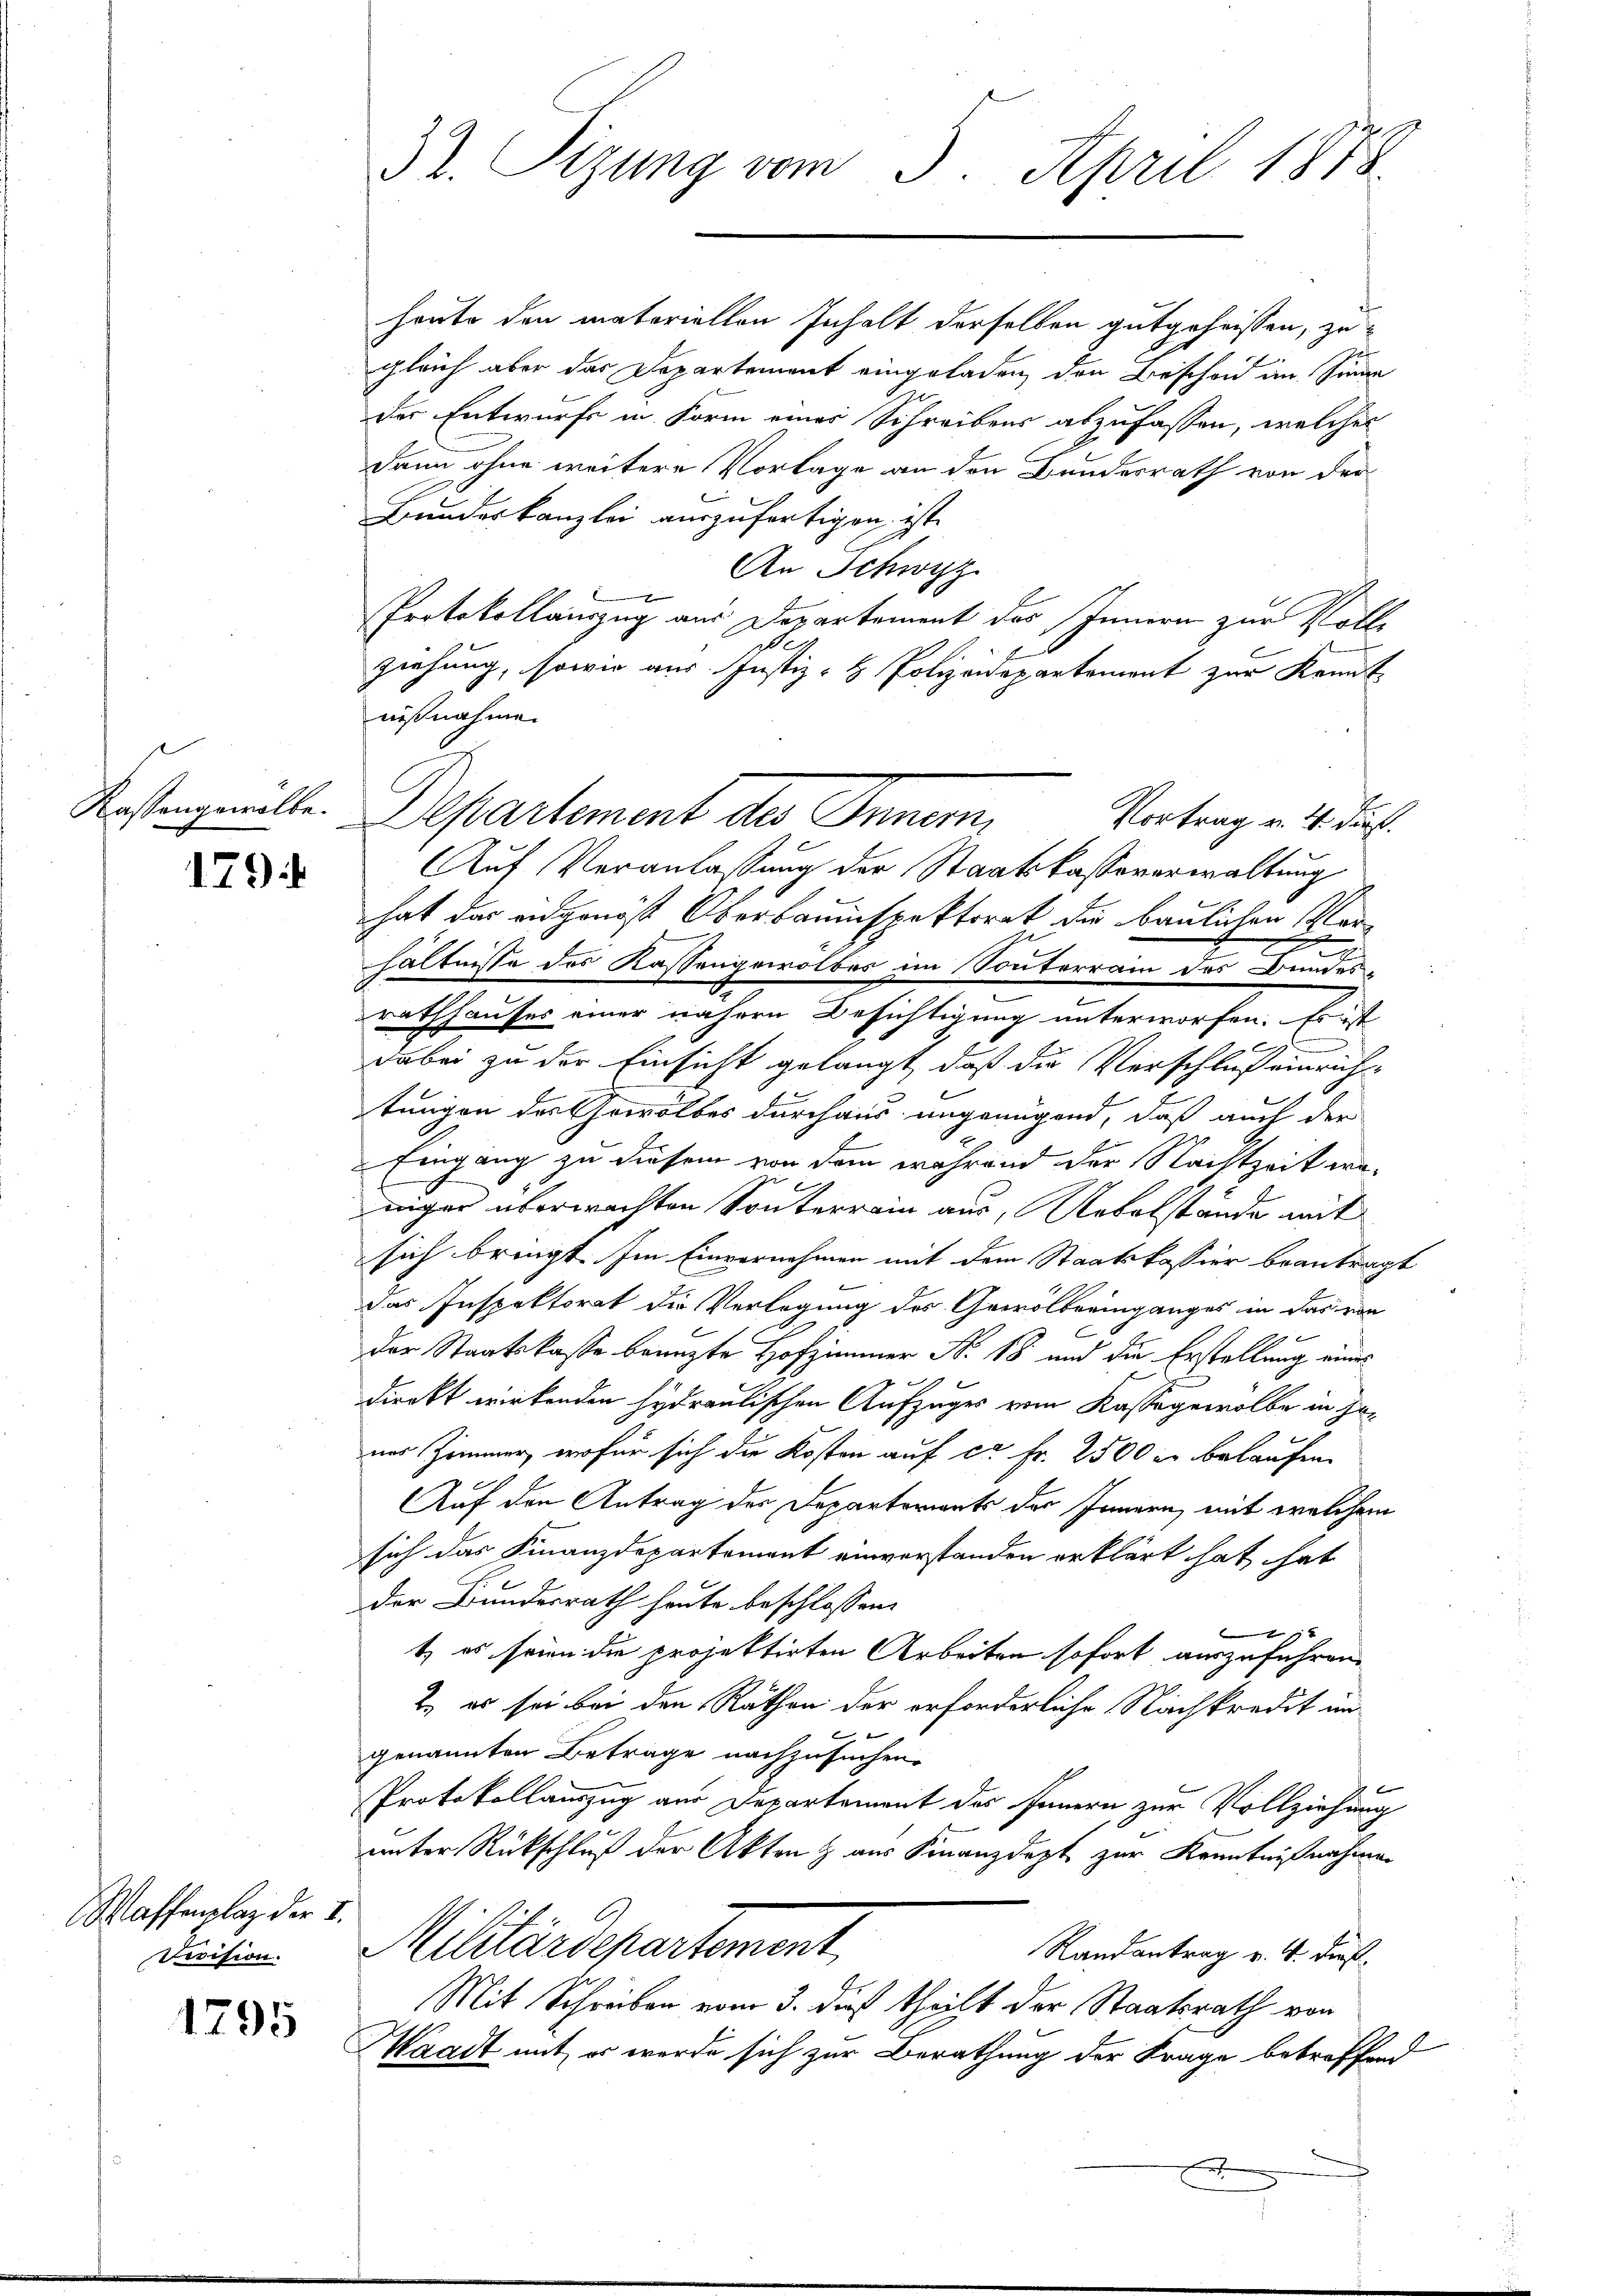
Gassengewalte.

179)

Waffenplaz der I.
Revision.

1795

32. Sizung vom 5. April 1878.

honte den materiellen Inhalt derselben gutgeheissen, zugleich aber das Departement eingeladen, den Beschon im Sinne
der Entwurfs in Form einer Schreibens abzufassen, welches
dann ohne weitere Vorlage an den Bundesrath von der
Bundeskanzlei auszufertigen ist.
An Schwyz
Protokollauszug aus Departement des Innern zur Volle
ziehung, sowie aus Justiz- & Polizeidepartemont zur Kennt
außnahme.
Vortrag u. 4. Durst
Auf Veranlassung der Staatskassaverwaltung
hat das eidgenöst Oberbauinspektorat die baulichen Verhältnisse der Kastangewölber im Sonnterram der Bundes
rathhauses einer nähern Besichtigung unterworfen. Es ist
dabei zu der Einsicht gelangt, daß die Verschluß einrich-
.
tungen des Gewölbes durchaus ungenügend, daß auch der
Eingang zu diesem von dem während der Nachtzeit waniger überwachten Sonnterrain aus, Uebelstände mit
sich bringt. Im Einvernehmen mit dem Staatskassier beantragt
das Inspektorat die Verlegung des Gewölbeeinganges in das von
der Staatskasse beanzte Hofzimmer N. 18 und die Erstellung eines
dieckt wirkenden Hydraulischen Aufzuges vom Kasse gewolbe in jenes Zimmer, wofür sich die Kosten auf ca Fr. 2500 in belaufen.
Auf den Antrag der Departoriants der Innern, mit welchem
sich das Finanzdepartement einverstanden erklärt hat, hat
der Bundesrath heute beschlossen:

t, es seien die projektirten Arbeiten sofort auszuführen.
2.) es sei bei den Räthen der erforderliche Nachkredit un
genannten Betrage nachzusuchen.
x
Protokollauszug aus Departement des Innern zur Vollziehung
unter Rückschluß der Akten & aus Finanzdept zur Kenntnißnahme
Militärdepartement,
Randantrag v. 4. dieß
Mit Schreiben vom 3. dieß theilt der Staatsrath von
Waadt mit er werde sich zur Berathung der Frage betreffend

Departement des Inner,